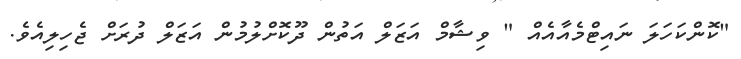
"ކޮންކަހަލަ ނައިޓްމެއާއެއް " ވިޝާމް އަޒަލް އަތުން ދޫކޮށްލުމުން އަޒަލް ދުރަށް ޖެހިލިއެވެ.